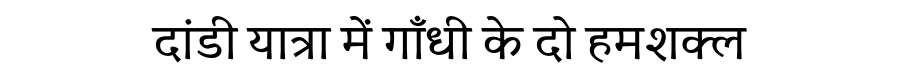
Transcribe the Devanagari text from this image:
दांडी यात्रा में गाँधी के दो हमशक्ल